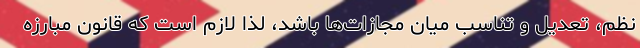
نظم، تعدیل و تناسب میان مجازات‌ها باشد، لذا لازم است که قانون مبارزه